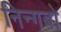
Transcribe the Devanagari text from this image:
निन्गबो